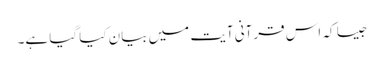
جیسا کہ اس قرآنی آیت میں بیان کیا گیا ہے۔